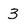
Character: 3